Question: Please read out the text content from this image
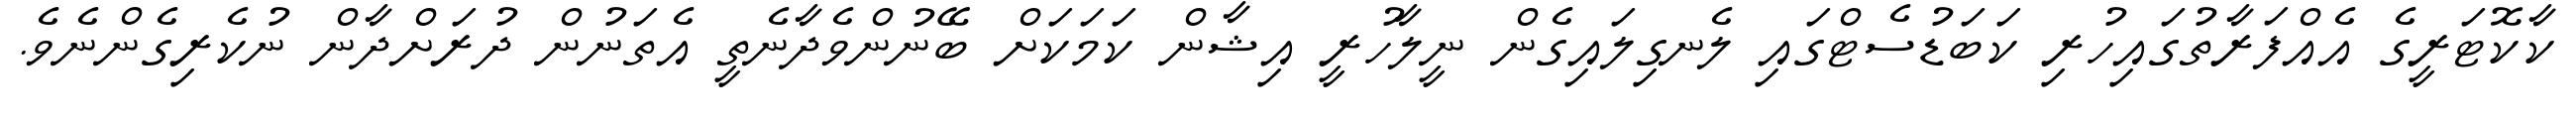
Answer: ކާކޮޓަރީގެ އެއްފަރާތުގައިހުރި ކަބަޑުސެޓްގައި ލެނގިލައިގެން ނީލާހުރީ އިޝާން ކަމަކަށް ބޭނުންވެދާނެތީ އެތަނުން ދުރަށްދާން ނުކެރިގެންނެވެ.